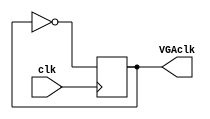
module VGAFrequency(
    // input CLOCK_50, //for test
	 input clk,
    output reg VGAclk
    );
	 
	initial
	begin
		VGAclk = 1;
	end
	
	always @ (posedge clk) begin
				VGAclk <= ~VGAclk; // 25 MHz
	end

endmodule